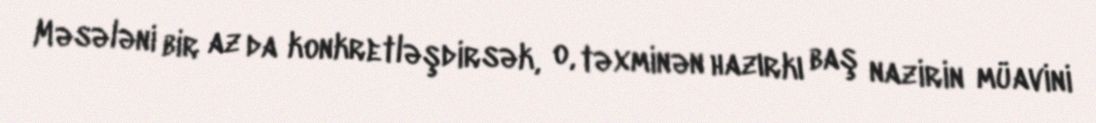
Məsələni bir az da konkretləşdirsək, o, təxminən hazırkı baş nazirin müavini